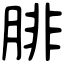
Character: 腓